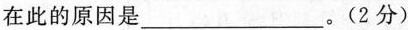
在此的原因是___。(2分)